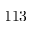
1 1 3